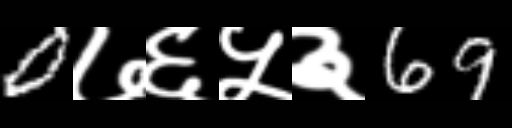
Text: 0७६५३69